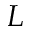
L